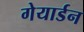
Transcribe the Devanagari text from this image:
गेयार्डन